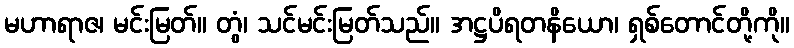
မဟာရာဇ၊ မင်းမြတ်။ တွံ၊ သင်မင်းမြတ်သည်။ အဋ္ဌပိရတနိယော၊ ရှစ်တောင်တို့ကို။